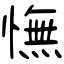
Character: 憮